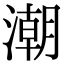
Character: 潮